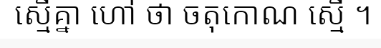
ស្មើគ្នា ហៅ ថា ចតុកោណ ស្មើ ។